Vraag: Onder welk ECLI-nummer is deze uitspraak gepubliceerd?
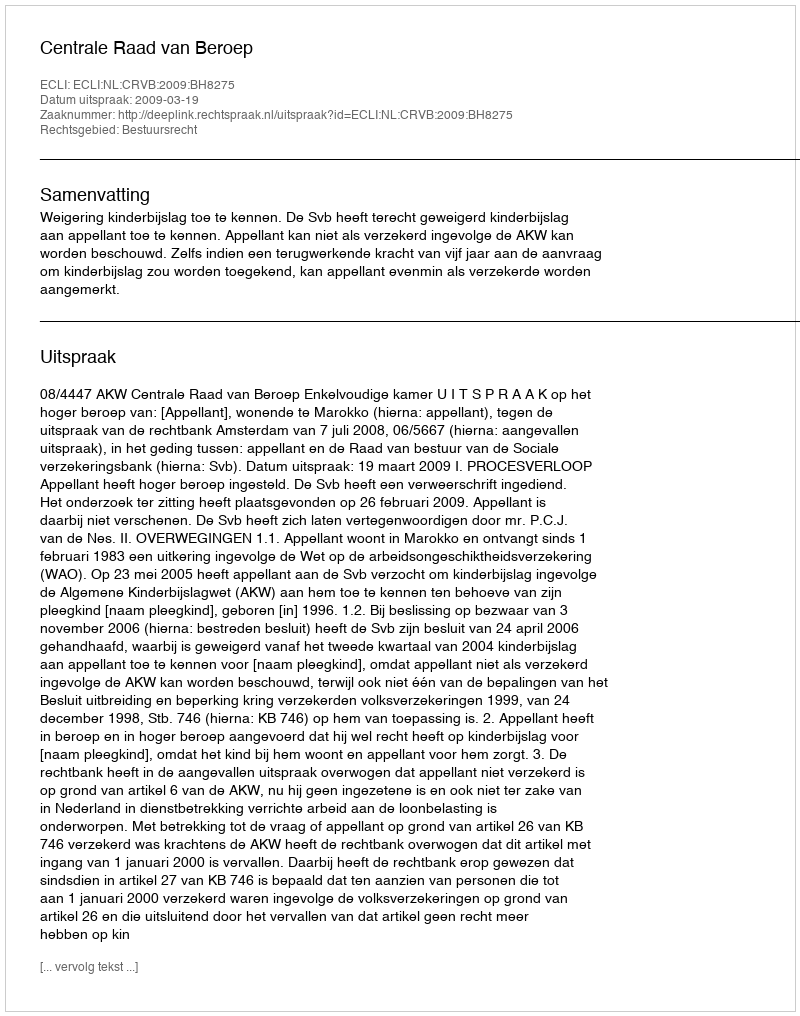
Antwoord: ECLI:NL:CRVB:2009:BH8275